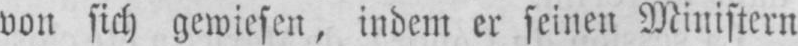
von sich gewiesen, indem er seinen Ministern